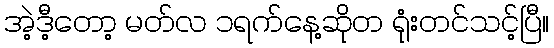
အဲ့ဒီ့တော့ မတ်လ ၁ရက်နေ့ဆိုတ ရုံးတင်သင့်ပြီ။